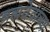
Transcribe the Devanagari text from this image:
ब्रह्मदेवांच्या